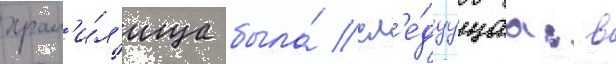
хран'и́л'ища была́ сл'е́дуущаа: в